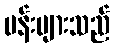
ပန်းများသည်